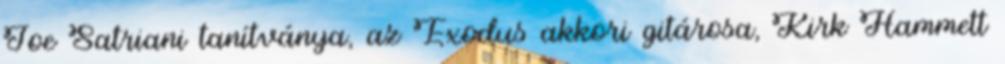
Joe Satriani tanítványa, az Exodus akkori gitárosa, Kirk Hammett